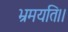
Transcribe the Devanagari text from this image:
भ्रमयति।।